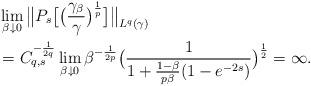
LaTeX: \begin{align*}&\lim_{\beta \downarrow 0} \big\| P_s\big[ \big( \frac{\gamma_\beta}{\gamma} \big)^\frac1p \big] \big\|_{L^q(\gamma)}\\&=C_{q,s}^{-\frac1{2q}}\lim_{\beta \downarrow 0} \beta^{ - \frac1{2p} }\big(\frac{1}{1+ \frac{ 1-\beta }{p\beta} (1-e^{-2s})}\big)^{\frac{1}2}=\infty. \end{align*}